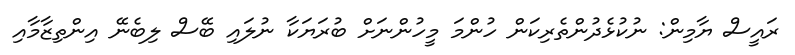
ރައީސް ޔާމިން: ނުކުޅެދުންތެރިކަން ހުންމަ މީހުންނަށް ބުރަޔަކާ ނުލައި ބޭސް ލިބެނޭ އިންތިޒާމާއި